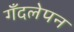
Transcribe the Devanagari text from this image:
गँदलेपन